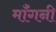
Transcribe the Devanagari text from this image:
मॉँगनी